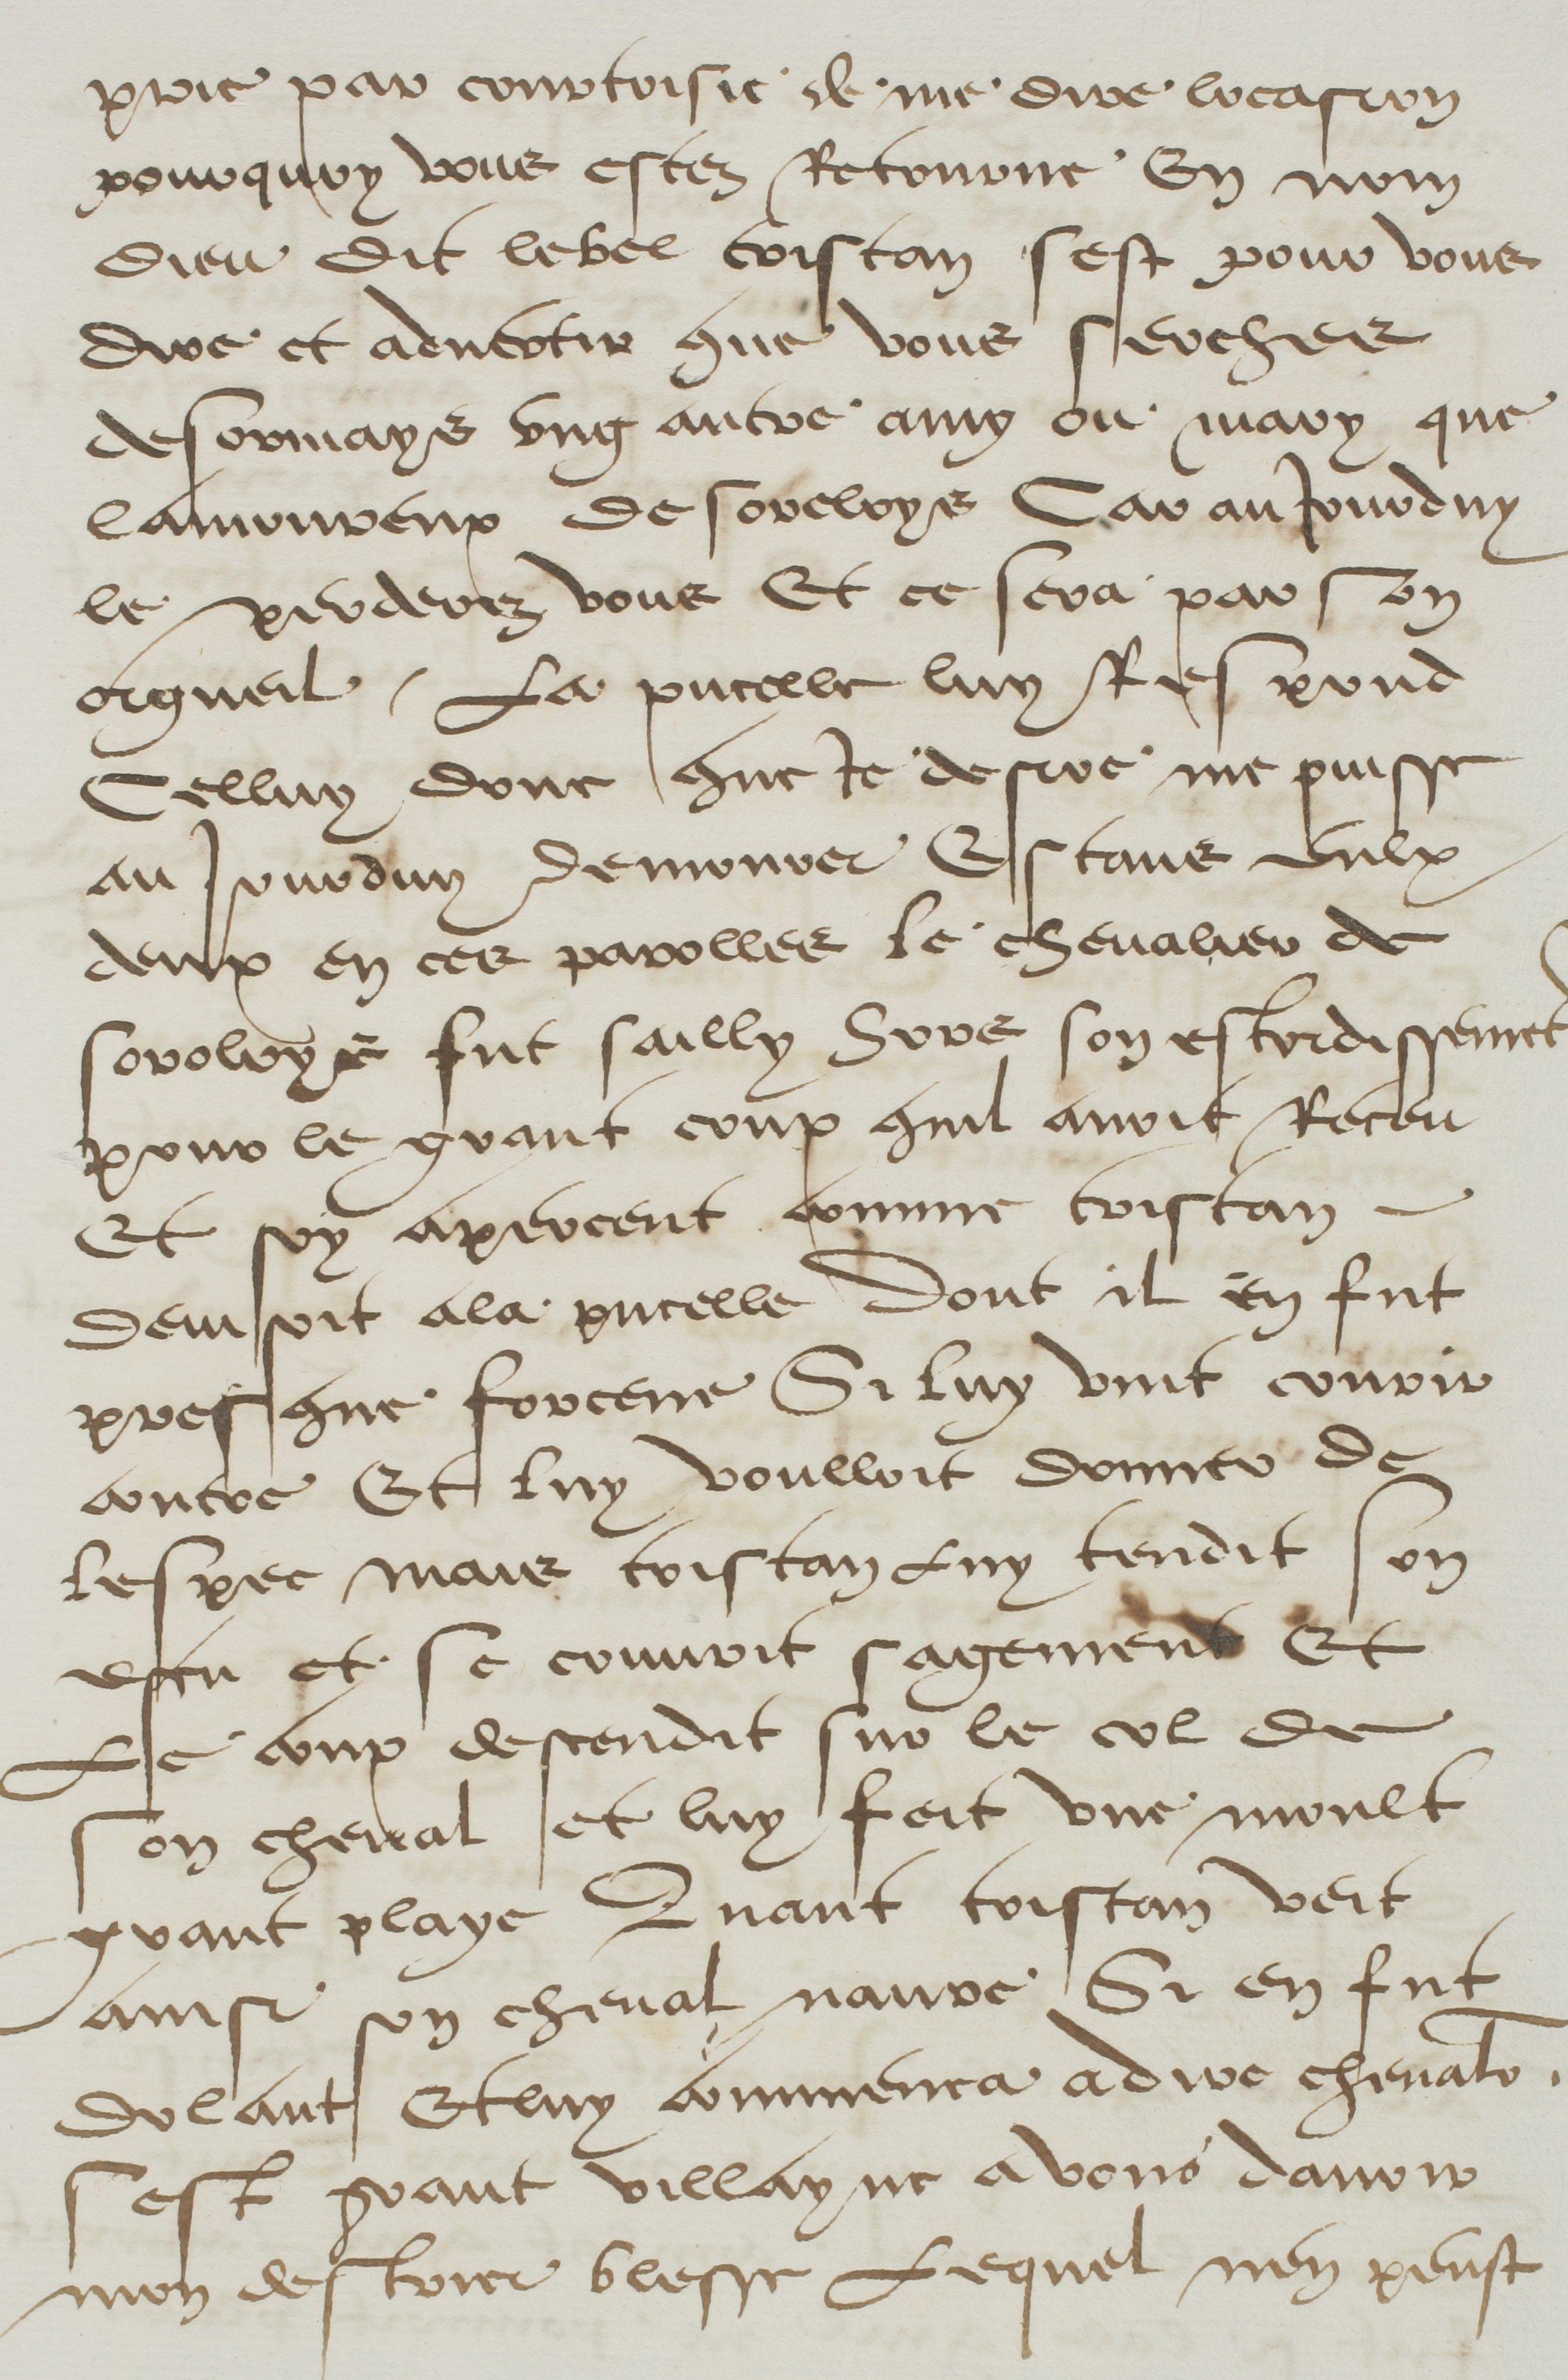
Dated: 1500–1599